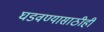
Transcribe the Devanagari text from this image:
घडवण्यासाठीही